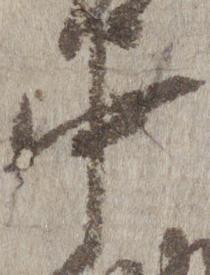
中